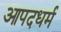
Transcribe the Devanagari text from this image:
आपदधर्म